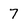
Character: 7